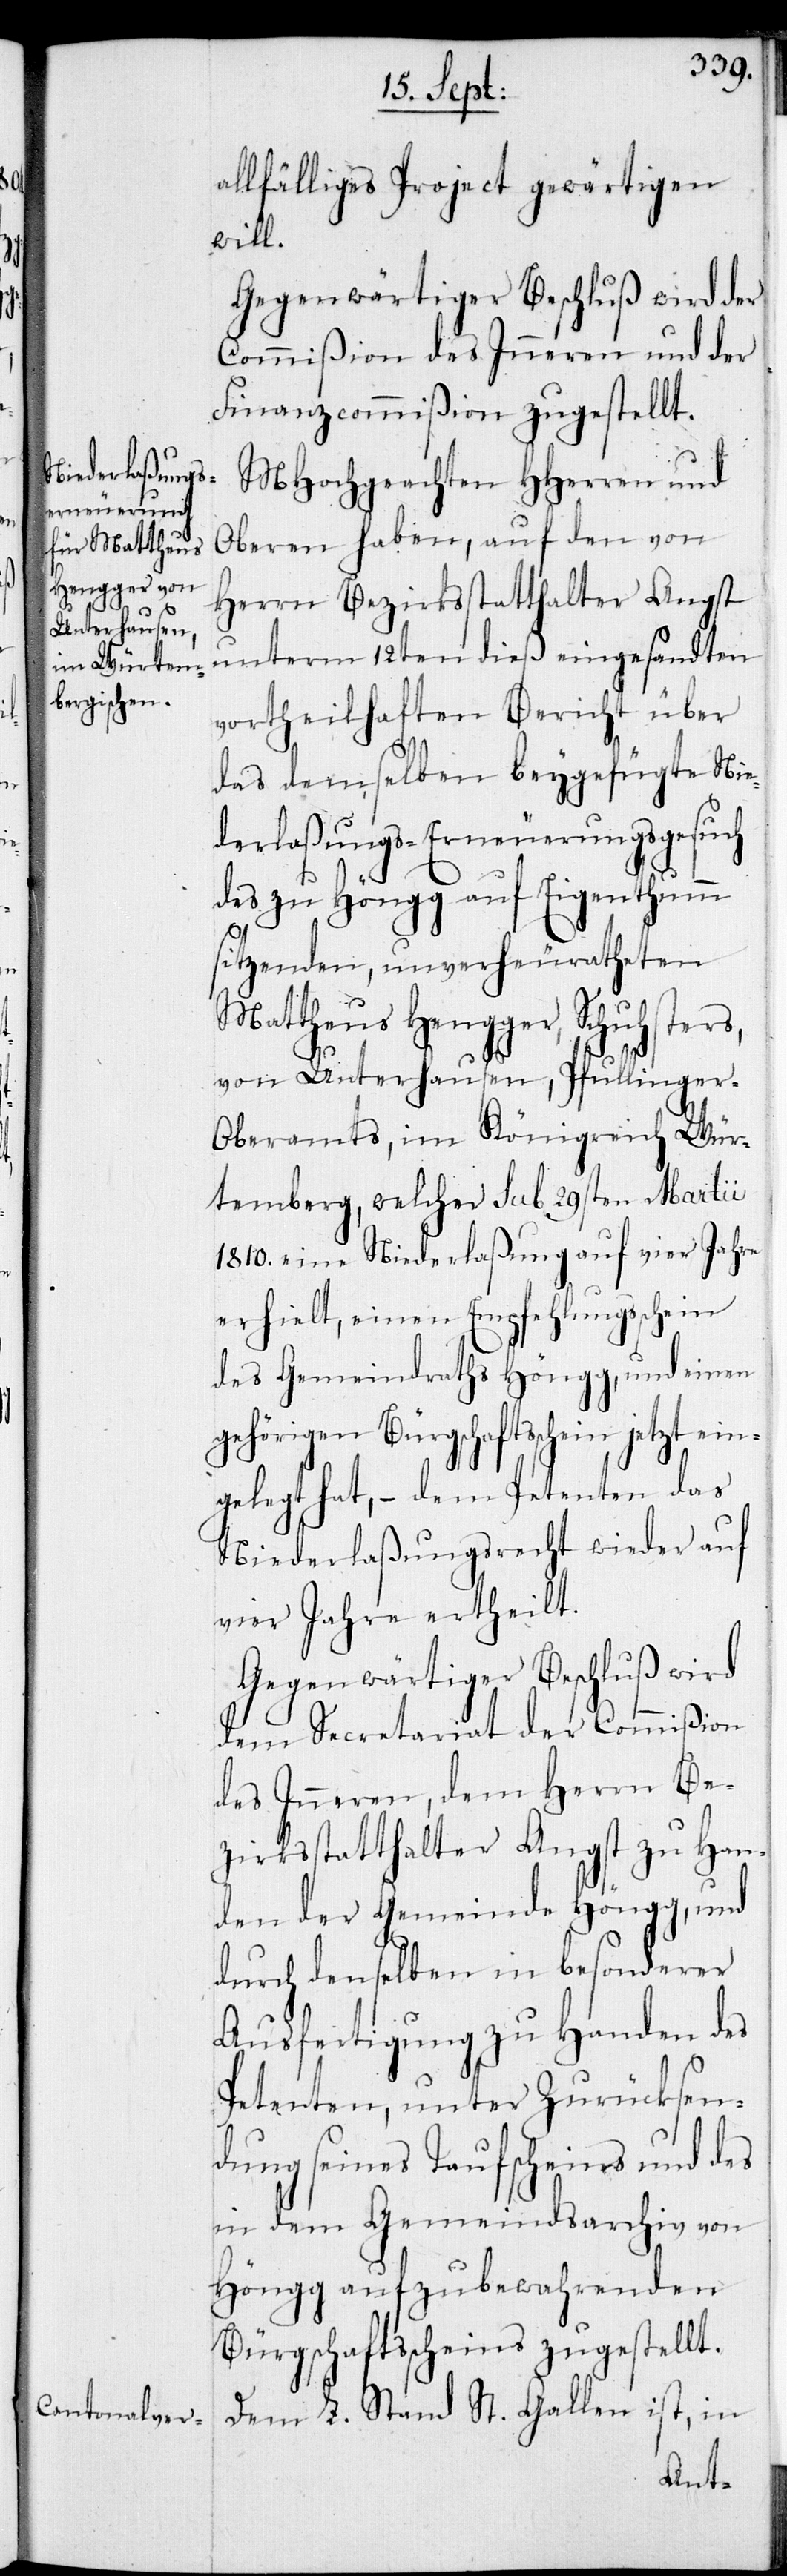
allfälliges Project gewärtigen
will.
Gegenwärtiger Beschluß wird der
Commißion des Inneren und der
Finanzcommißion zugestellt.
MHochgeachten HHerren und
Oberen haben, auf den von
Herrn Bezirksstatthalter Angst
unterm 12ten dieß eingesandten
vortheilhaften Bericht über
das demselben beygefügte Nie¬
derlaßungs-Erneuerungsgesuch
des zu Höngg auf Eigenthumm
sitzenden, unverheuratheten
Mattheus Hengger, Schuhsters,
von Unterhausen, Pfullinger-O¬
beramts, im Königreich Wür¬
temberg, welcher sub 29sten Martii
1810. eine Niederlaßung auf vier Jahre
erhielt, einen Empfehlungsschein
des Gemeindraths Höngg, und einen
gehörigen Bürgschaftsschein jetzt ein¬
gelegt hat, – dem Petenten das
Niederlaßungsrecht wieder auf
vier Jahre ertheilt.
Gegenwärtiger Beschluß wird
dem Secretariat der Commißion
des Inneren, dem Herrn Be¬
zirksstatthalter Angst zu Han¬
den der Gemeinde Höngg, und
durch denselben in besonderer
Ausfertigung zu Handen des
Petenten, unter Zurücksen¬
dung seines Taufscheins und des
in dem Gemeindsarchiv von
Höngg aufzubewahrenden
Bürgschaftsscheins zugestellt.
Dem L. Stand St. Gallen ist, in